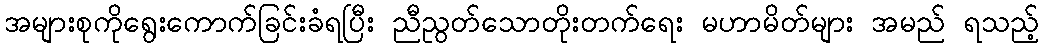
အများစုကိုရွေးကောက်ခြင်းခံရပြီး ညီညွတ်သောတိုးတက်ရေး မဟာမိတ်များ အမည် ရသည့်